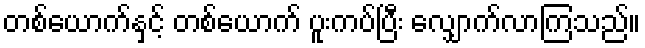
တစ်ယောက်နှင့် တစ်ယောက် ပူးကပ်ပြီး လျှောက်လာကြသည်။